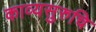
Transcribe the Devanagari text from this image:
काव्यसुरुचि